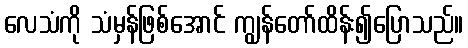
လေသံကို သံမှန်ဖြစ်အောင် ကျွန်တော်ထိန်း၍ပြောသည်။